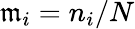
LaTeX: \mathfrak{m}_{i}=n_{i}/N